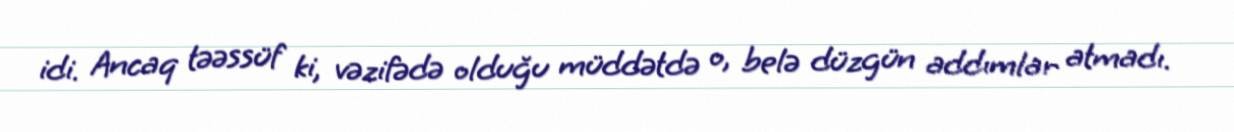
idi. Ancaq təəssüf ki, vəzifədə olduğu müddətdə o, belə düzgün addımlar atmadı.